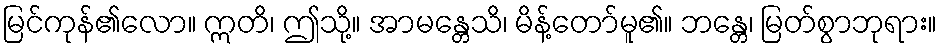
မြင်ကုန်၏လော။ ဣတိ၊ ဤသို့။ အာမန္တေသိ၊ မိန့်တော်မူ၏။ ဘန္တေ၊ မြတ်စွာဘုရား။